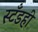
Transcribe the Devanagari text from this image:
स्टँडही